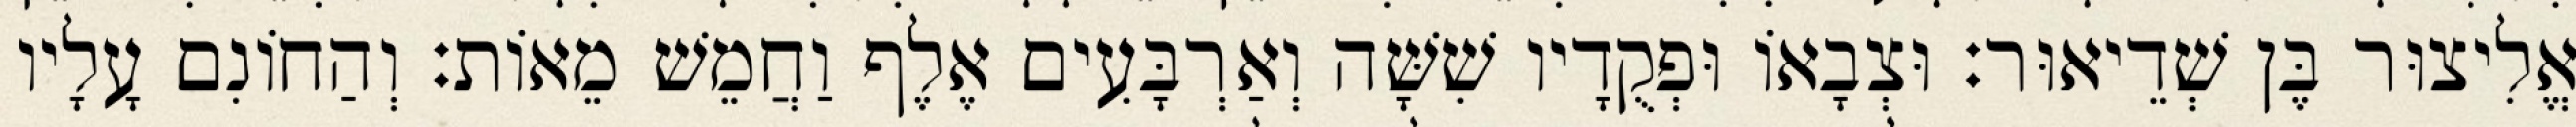
אֱלִיצוּר בֶּן שְׁדֵיאוּר׃ וּצְבָאוֹ וּפְקֻדָיו שִׁשָּׁה וְאַרְבָּעִים אֶלֶף וַחֲמֵשׁ מֵאוֹת׃ וְהַחוֹנִם עָלָיו